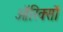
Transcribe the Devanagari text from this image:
ऑरिक्सों